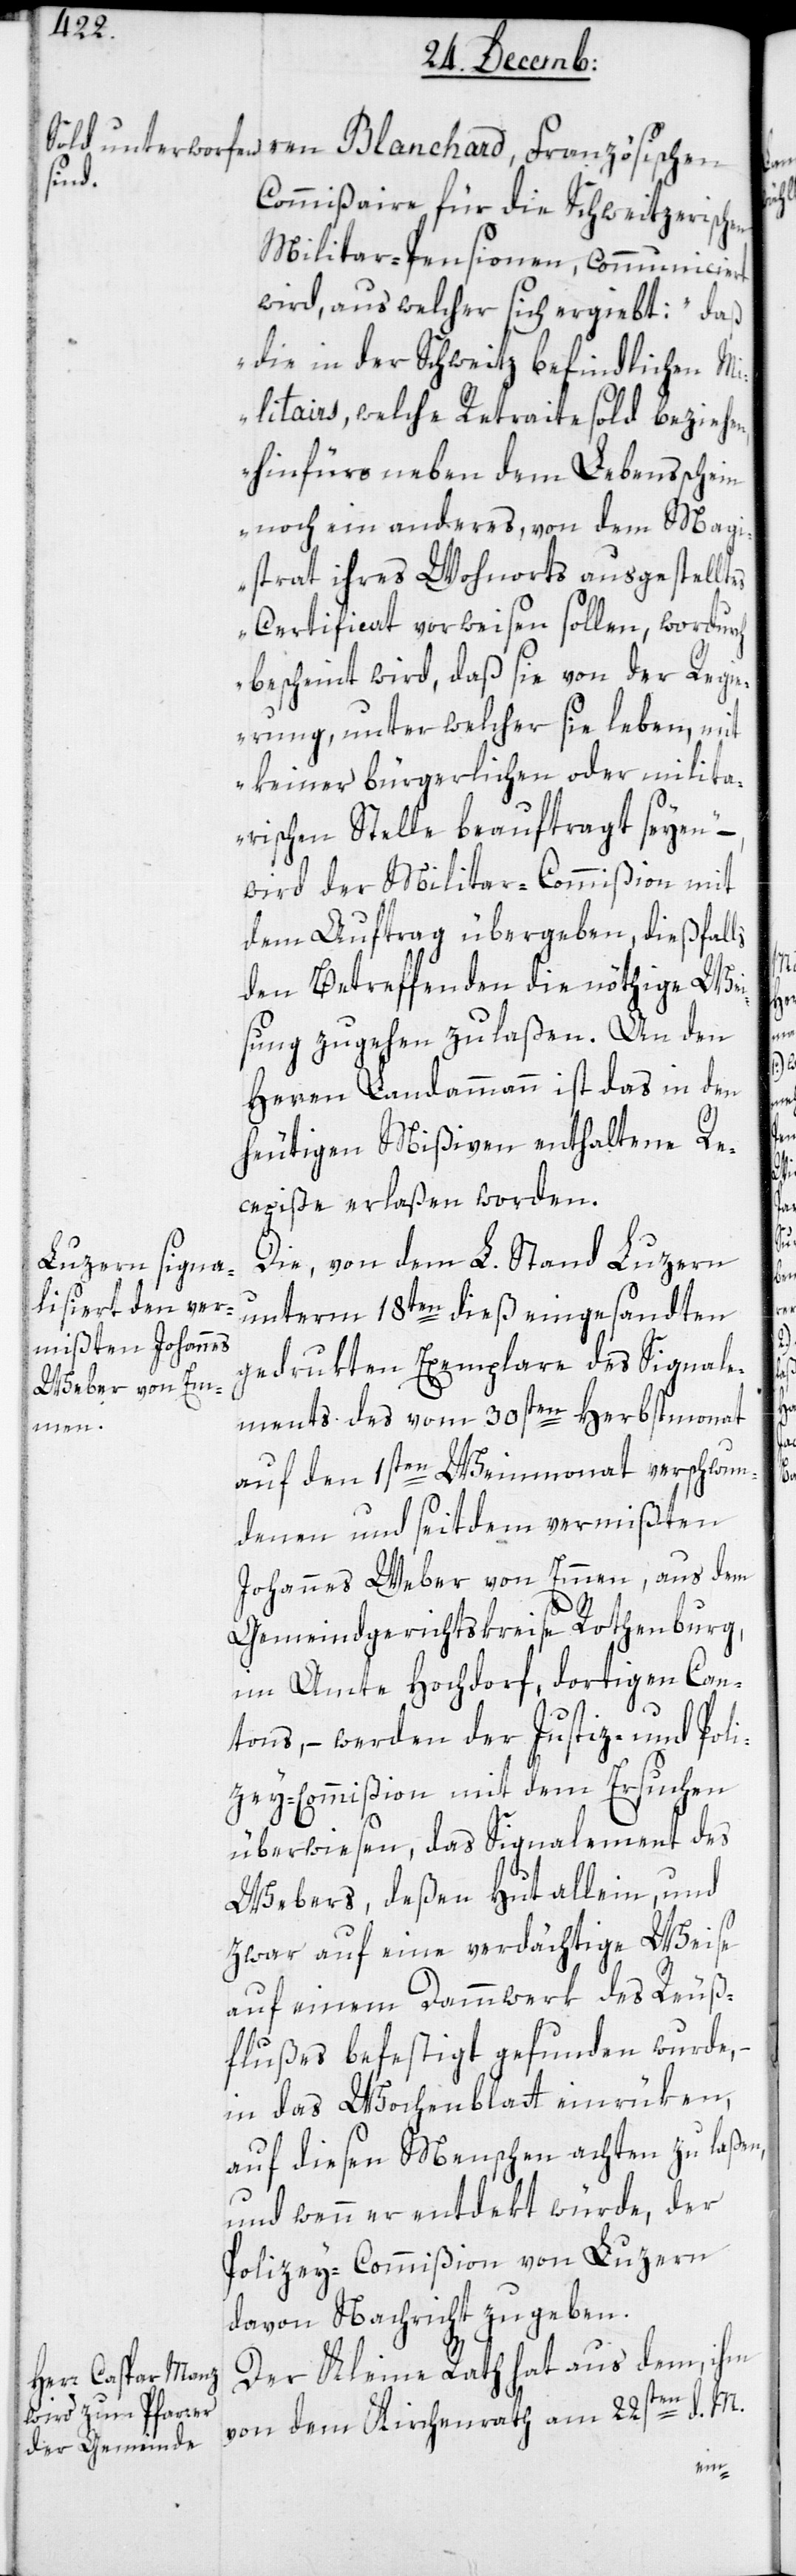
ren Blanchard, Französischen
Commißaire für die Schweitzerischen
Militar-Pensionen, communiciert
wird, aus welcher sich ergiebt: „Daß
die in der Schweitz befindlichen Mi¬
litairs, welche Retraitesold beziehen,
hinfüro neben dem Lebensschein
noch ein anderes, von dem Magi¬
strat ihres Wohnorts ausgestelltes
Certificat vorweisen sollen, wordurch
bescheint wird, daß sie von der Regi¬
erung, unter welcher sie leben, mit
keiner bürgerlichen oder milita¬
rischen Stelle beauftragt seyen,“
wird der Militar-Commißion mit
dem Auftrag übergeben, dießfalls
den Betreffenden die nöthige Wei¬
sung zugehen zu laßen. An den
Herren Landammann ist das in den
heutigen Mißiven enthaltene Re¬
cepiße erlaßen worden.
Die von dem L. Stand Luzern
unterm 18ten dieß eingesandten
gedrukten Exemplare des Signale¬
ments des vom 30sten Herbstmonat
auf den 1sten Weinmonat verschwun¬
denen, und seitdem vermißten
Johannes Weber von Emmen, aus dem
Gemeindgerichtskreise Rothenburg,
im Amte Hochdorf, dortigen Can¬
tons, – werden der Justiz- und Poli¬
zey-Commißion mit dem Ersuchen
überwiesen, das Signalement des
Webers, deßen Hut allein, und
zwar auf eine verdächtige Weise
auf einem Dammwerk des Reuß¬
flußes befestigt gefunden wurde, –
in das Wochenblatt einrüken,
auf diesen Menschen achten zu laßen,
und wenn er entdekt würde, der
Polizey-Commißion von Luzern
davon Nachricht zu geben.
Der Kleine Rath hat aus dem, ihm
von dem Kirchenrath am 22sten d. M.